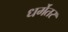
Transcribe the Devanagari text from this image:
धर्मेतर